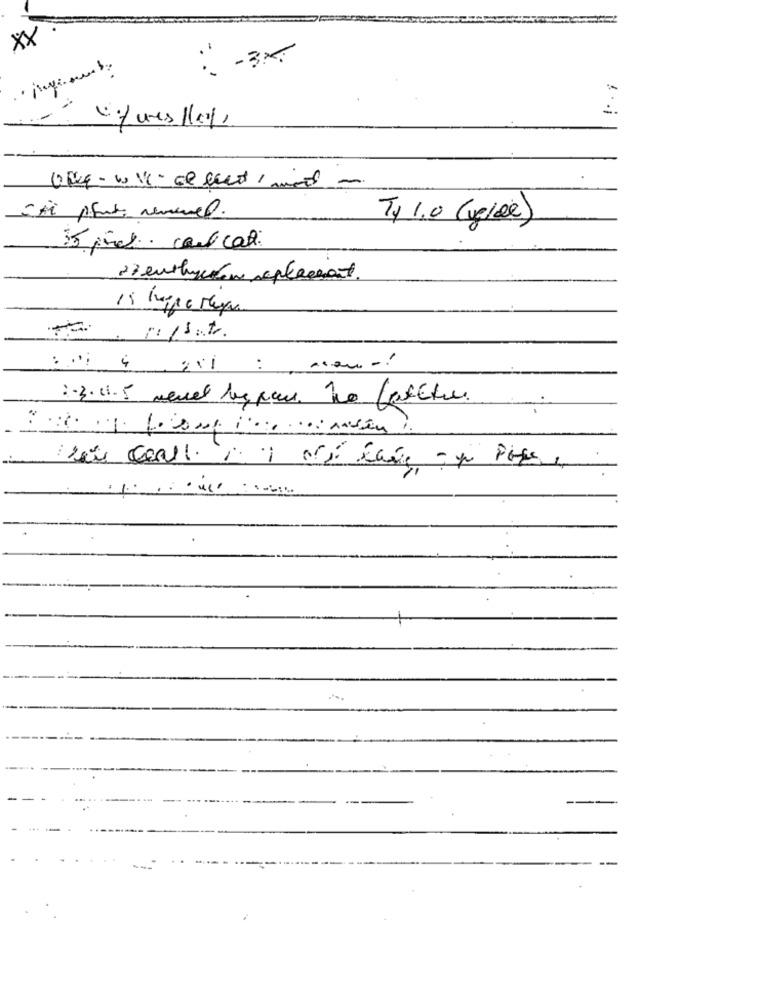
Xx
-
T4 1.0 (verde)
35 pires. cool cat
27 enthalten replacement
.. .